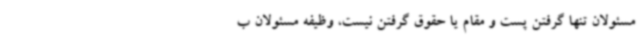
مسئولان تنها گرفتن پست و مقام یا حقوق گرفتن نیست، وظیفه مسئولان ب